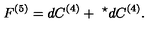
F ^ { ( 5 ) } = d C ^ { ( 4 ) } + \ ^ { \star } d C ^ { ( 4 ) } . \nonumber